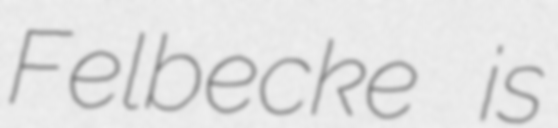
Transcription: Felbecke is